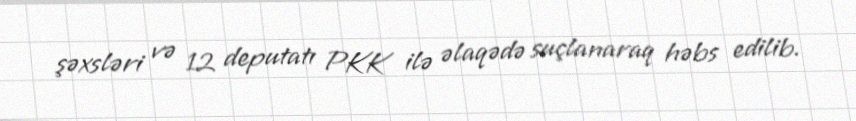
şəxsləri və 12 deputatı PKK ilə əlaqədə suçlanaraq həbs edilib.